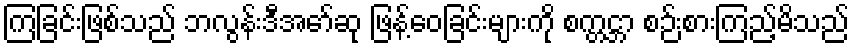
ကြခြင်းဖြစ်သည် ဘလွန်းဒီအော်ဆု ဖြန့်ဝေခြင်းများကို စက္တင္ဘာ စဉ်းစားကြည့်မိသည်